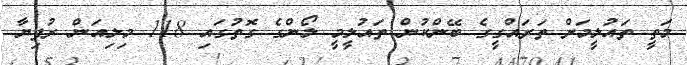
މަތީ ތައުލީމަށް ތަރައްގީގެ ބޭންކުން ތައުލީމީ ލޯންގެ ގޮތުގައި 118 މިލިއަން ރުފިޔާ